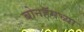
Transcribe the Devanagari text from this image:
बोनहॅमच्या